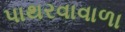
પાથરવાવાળા